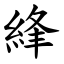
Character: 綘